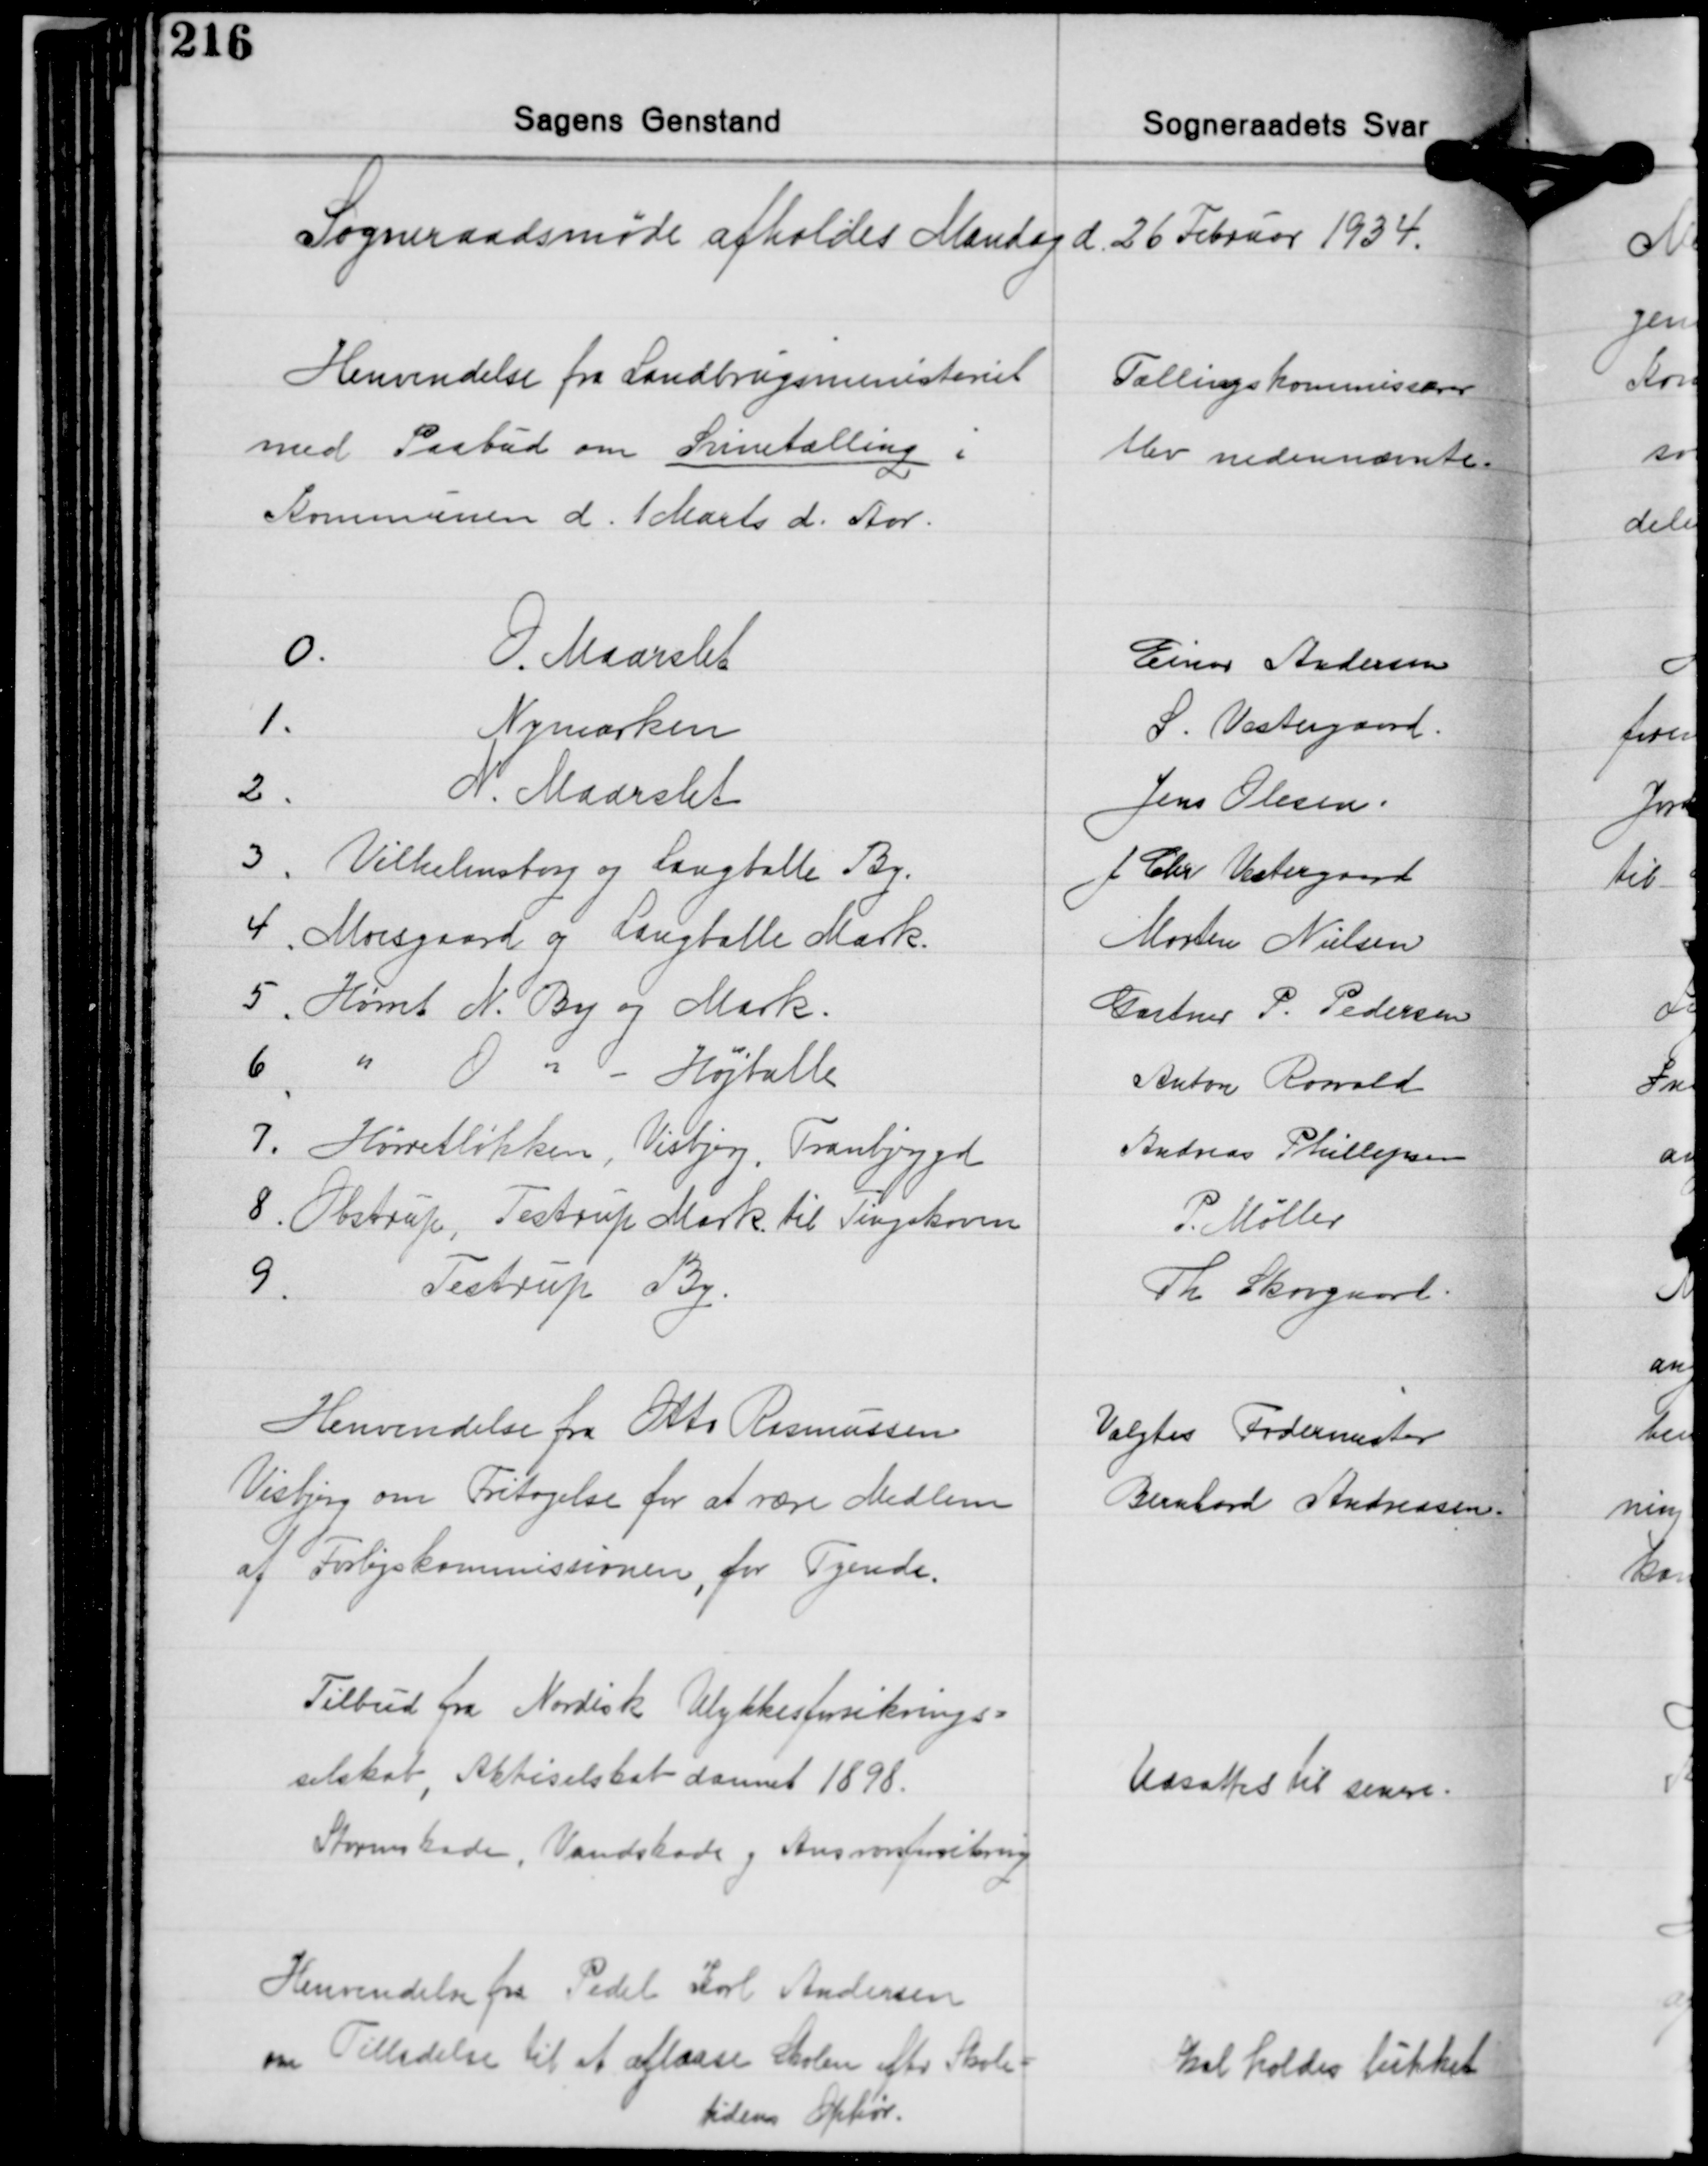
Transskription:
Sogneraadsmøde afholdes Mandag d. 26 Februar 1934.

Henvendelse fra Landbrugsministeriet
med Paabud om Svinetælling i
Kommunen d. 1 Marts d. Aar.

Tællingskommissærer
blev nedennævnte

0.
O. Maarslet
1.
Nymarken
2.
N. Maarslet
3. Vilhelmsborg og Langballe By.
4. Moesgaard og Langballe Mark.
5. Hørret N. By og Mark.
6 " O " - Højballe
7. Hørretløkken, Visbjerg, Tranbjerggd.
8. Obstrup, Testrup Mark til Tingskoven
9. Testrup By.

Einar Andersen.
S. Vestergaard.
Jens Olesen.
J. Chr. Vestergaard
Morten Nielsen
Gartner P. Pedersen
Anton Rosvald
Andreas Phillepsen
P. Møller
Th. Skovgaard.

Henvendelse fra Otto Rasmussen
Visbjerg om Fritagelse for at være Medlem
af Forligskommissionen for Tyende.

Valgtes Fodermester
Bernhard Andreasen.

Tilbud fra Nordisk Ulykkesforsikrings-
selskab, Aktiselskab dannet 1898.
Stormskade, Vandskade g Ansvarsforsikring

Udsattes til senere.

Henvendelse fra Pedel Karl Andersen
om Tilladelse til at aflaase Skolen efter Skole-
tidens Ophør.

Skal holdes lukket